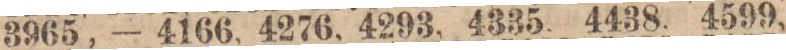
3965, — 4166, 4276, 4293, 4335, 4438, 4599,